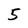
Character: 5